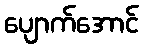
ပျောက်အောင်